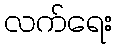
လက်ရေး